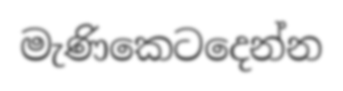
මැණිකෙටදෙන්න